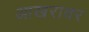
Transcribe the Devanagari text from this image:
आखरावर